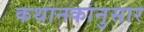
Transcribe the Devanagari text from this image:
कथानकानुसार